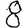
Digit: 8